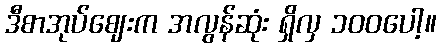
ဒီစာအုပ်ဈေးက အလွန်ဆုံး ရှိလှ ၁၀၀ပေါ့။